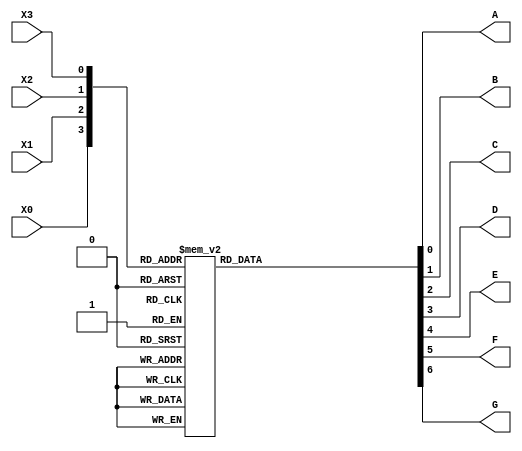
// This program was cloned from: https://github.com/regales/cpre281
// License: Apache License 2.0

module seven_seg_decoder (X0, X1, X2, X3, A, B, C, D, E, F, G);
	input X0, X1, X2, X3;
	output A, B, C, D, E, F, G;
	reg A, B, C, D, E, F, G;
 
	always @(X0 or X1 or X2 or X3) 
	begin 
	
		case({X0,X1,X2,X3}) 
		
			4'b0000: begin
				A= 'b0;
				B= 'b0;
				C= 'b0;
				D= 'b0;
				E= 'b0;
				F= 'b0;
				G= 'b1;
			end
			
			4'b0001: begin
				A= 'b1;
				B= 'b0;
				C= 'b0;
				D= 'b1;
				E= 'b1;
				F= 'b1;
				G= 'b1;
			end
			
			4'b0010: begin
				A= 'b0;
				B= 'b0;
				C= 'b1;
				D= 'b0;
				E= 'b0;
				F= 'b1;
				G= 'b0;
			end
			
			4'b0011: begin
				A= 'b0;
				B= 'b0;
				C= 'b0;
				D= 'b0;
				E= 'b1;
				F= 'b1;
				G= 'b0;
			end

			4'b0100: begin
				A= 'b1;
				B= 'b0;
				C= 'b0;
				D= 'b1;
				E= 'b1;
				F= 'b0;
				G= 'b0;
			end
			
			4'b0101: begin
				A= 'b0;
				B= 'b1;
				C= 'b0;
				D= 'b0;
				E= 'b1;
				F= 'b0;
				G= 'b0;
			end
			
			4'b0110: begin
				A= 'b0;
				B= 'b1;
				C= 'b0;
				D= 'b0;
				E= 'b0;
				F= 'b0;
				G= 'b0;
			end
			
			4'b0111: begin
				A= 'b0;
				B= 'b0;
				C= 'b0;
				D= 'b1;
				E= 'b1;
				F= 'b1;
				G= 'b1;
			end
			
			4'b1000: begin
				A= 'b0;
				B= 'b0;
				C= 'b0;
				D= 'b0;
				E= 'b0;
				F= 'b0;
				G= 'b0;
			end
			
			4'b1001: begin
				A= 'b0;
				B= 'b0;
				C= 'b0;
				D= 'b0;
				E= 'b1;
				F= 'b0;
				G= 'b0;
			end
			
			4'b1010: begin
				A= 'b0;
				B= 'b0;
				C= 'b0;
				D= 'b1;
				E= 'b0;
				F= 'b0;
				G= 'b0;
			end
			
			4'b1011: begin
				A= 'b1;
				B= 'b1;
				C= 'b0;
				D= 'b0;
				E= 'b0;
				F= 'b0;
				G= 'b0;
			end
			
			4'b1100: begin
				A= 'b0;
				B= 'b1;
				C= 'b1;
				D= 'b0;
				E= 'b0;
				F= 'b0;
				G= 'b1;
			end
			
			4'b1101: begin
				A= 'b1;
				B= 'b0;
				C= 'b0;
				D= 'b0;
				E= 'b0;
				F= 'b1;
				G= 'b0;
			end
			
			4'b1110: begin
				A= 'b0;
				B= 'b1;
				C= 'b1;
				D= 'b0;
				E= 'b0;
				F= 'b0;
				G= 'b0;
			end	
		
			4'b1111: begin
				A= 'b0;
				B= 'b1;
				C= 'b1;
				D= 'b1;
				E= 'b0;
				F= 'b0;
				G= 'b0;
			end		
			
		endcase 
	end
	
endmodule